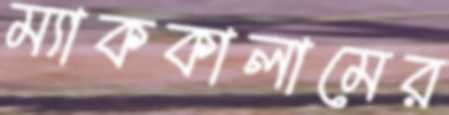
ম্যাককালামের